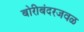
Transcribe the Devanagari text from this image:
बोरीबंदरजवळ